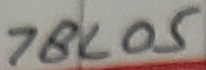
Text: 78L05